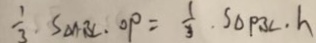
\frac { 1 } { 3 } \cdot S \Delta P B C \cdot O P = \frac { 1 } { 3 } \cdot S \Delta P B C \cdot h